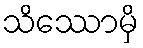
သိဿောမှိ